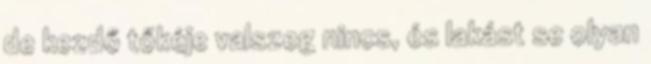
de kezdő tőkéje valszeg nincs, és lakást se olyan